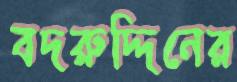
বদরুদ্দিনের